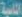
الثانية